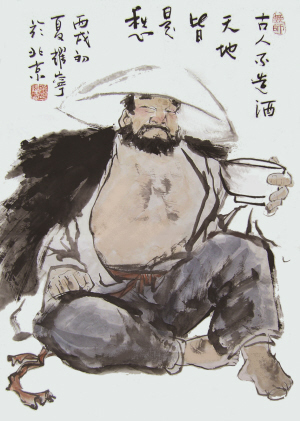
见人不正，虽贵不敬也见人有污，虽尊不下也。